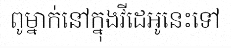
ពូម្នាក់នៅក្នុងវីដេអូនេះទៅ